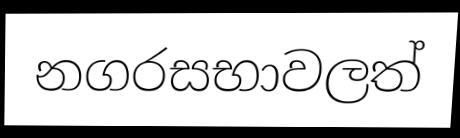
නගරසභාවලත්